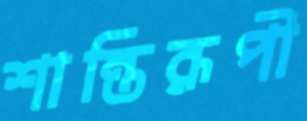
শান্তিরূপী